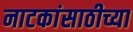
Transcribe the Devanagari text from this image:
नाटकांसाठीच्या